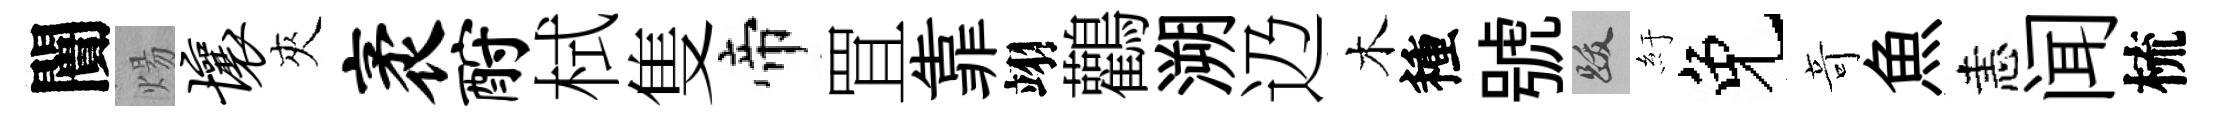
闠煬壤夾袤酹栻隻帝罝靠翊鸛溯辸木種號跋紆免竒魚恚闻梳